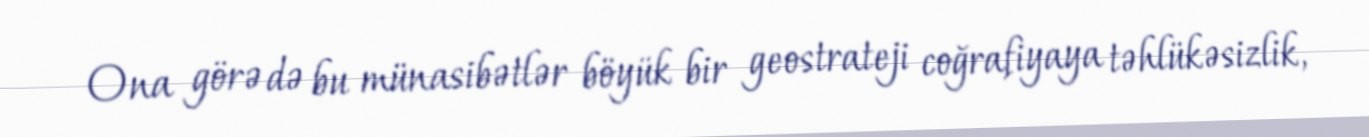
Ona görə də bu münasibətlər böyük bir geostrateji coğrafiyaya təhlükəsizlik,